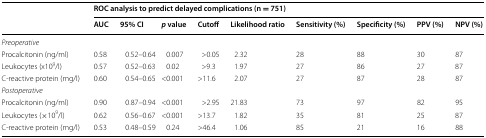
<table><thead><tr><td rowspan="2"></td><td colspan="9"><b>ROC analysis to predict delayed complications (n = 751)</b></td></tr><tr><td><b>AUC</b></td><td><b>95% CI</b></td><td><b><i>p</i> value</b></td><td><b>Cutoff</b></td><td><b>Likelihood ratio</b></td><td><b>Sensitivity (%)</b></td><td><b>Specificity (%)</b></td><td><b>PPV (%)</b></td><td><b>NPV (%)</b></td></tr></thead><tbody><tr><td colspan="10"><i>Preoperative</i></td></tr><tr><td>Procalcitonin (ng/ml)</td><td>0.58</td><td>0.52–0.64</td><td>0.007</td><td>&gt;0.05</td><td>2.32</td><td>28</td><td>88</td><td>30</td><td>87</td></tr><tr><td>Leukocytes (x10<sup>9</sup>/l)</td><td>0.57</td><td>0.52–0.63</td><td>0.02</td><td>&gt;9.3</td><td>1.97</td><td>27</td><td>86</td><td>27</td><td>87</td></tr><tr><td>C-reactive protein (mg/l)</td><td>0.60</td><td>0.54–0.65</td><td>&lt;0.001</td><td>&gt;11.6</td><td>2.07</td><td>27</td><td>87</td><td>28</td><td>87</td></tr><tr><td colspan="10"><i>Postoperative</i></td></tr><tr><td>Procalcitonin (ng/ml)</td><td>0.90</td><td>0.87–0.94</td><td>&lt;0.001</td><td>&gt;2.95</td><td>21.83</td><td>73</td><td>97</td><td>82</td><td>95</td></tr><tr><td>Leukocytes (×10<sup>9</sup>/l)</td><td>0.62</td><td>0.56–0.67</td><td>&lt;0.001</td><td>&gt;13.7</td><td>1.82</td><td>35</td><td>81</td><td>25</td><td>87</td></tr><tr><td>C-reactive protein (mg/l)</td><td>0.53</td><td>0.48–0.59</td><td>0.24</td><td>&gt;46.4</td><td>1.06</td><td>85</td><td>21</td><td>16</td><td>88</td></tr></tbody></table>